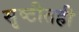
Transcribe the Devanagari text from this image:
सृष्टीतही